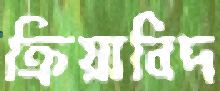
ক্রিয়াবিদ